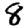
Digit: 8